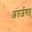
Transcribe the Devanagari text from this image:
अंतर्जगत्‌